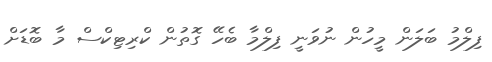
ފިލްމު ބަލަން މީހުން ނުވަނީ ފިލްމާ ބެހޭ ގޮތުން ކްރިޓިކްސް މާ ބޮޑަށް